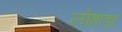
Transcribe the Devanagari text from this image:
लोहाड़ा